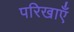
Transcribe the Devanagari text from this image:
परिखाएँ